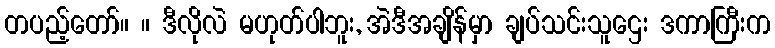
တပည့်တော်။ ။ ဒီလိုလဲ မဟုတ်ပါဘူး, အဲဒီအချိန်မှာ ချပ်သင်းသူဌေး ဒကာကြီးက